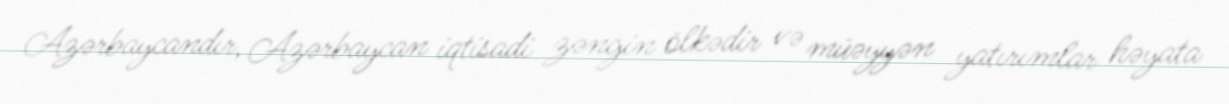
Azərbaycandır, Azərbaycan iqtisadi zəngin ölkədir və müəyyən yatırımlar həyata